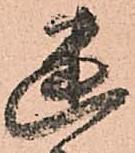
幽